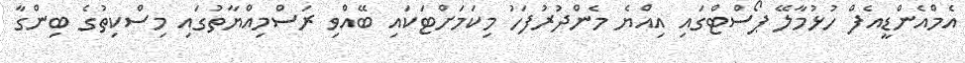
އެމްއެންޑީއެފް ހުޅުމާލޭ ޕޯސްޓްގައި އިއްޔެ މެންދުރުފަހު މިކަމަށްޓަކައި ބޭއްވި ރަސްމިއްޔާތުގައި މިސްކިތުގެ ބިންގާ